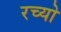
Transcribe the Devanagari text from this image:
रच्यो